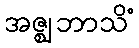
အဇ္ဈဘာသိံ